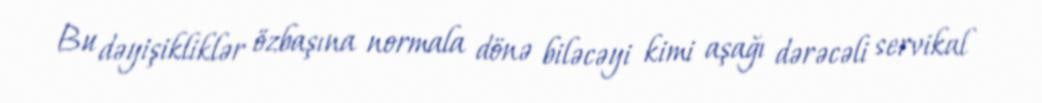
Bu dəyişikliklər özbaşına normala dönə biləcəyi kimi aşağı dərəcəli servikal